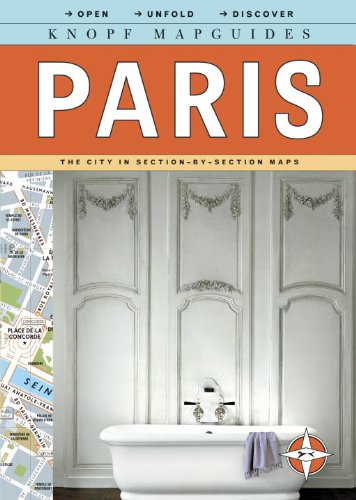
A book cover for Knopf MapGuide: Paris (Knopf Citymap Guides); Knopf Guides; Travel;